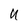
Character: u